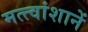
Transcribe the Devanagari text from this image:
मत्त्वांशानें